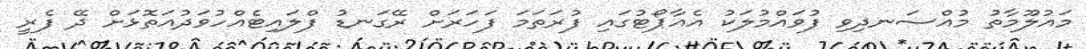
މައުލޫމާތު މުއްސަނދިވި ފުވައްމުލަކު އެއާޕޯޓުގައި ފުރަތަމަ ފަހަރަށް ރޭގަނޑު ފްލައިޓެއްހުވަދުއަތޮޅަށް ދޭ ފެރީ